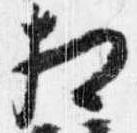
相